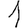
Digit: 1